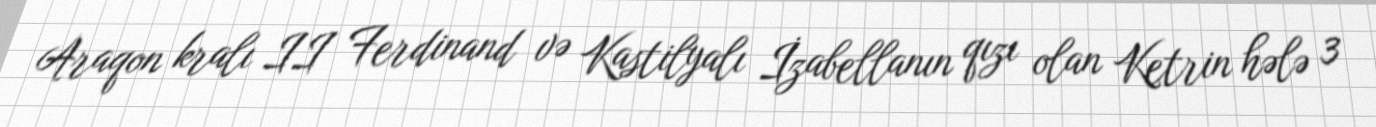
Araqon kralı II Ferdinand və Kastilyalı İzabellanın qızı olan Ketrin hələ 3